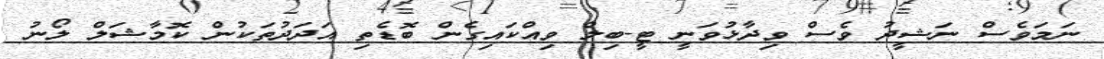
ނަމަވެސް ނަޝީދު ވެސް ވިދާޅުވަނީ ޓީ-ބިލް ވިއްކައިގެން ބޮޑެތި އަދަދުތަކުން ކޮމާޝަލް ލޯނު